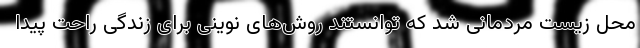
محل زیست مردمانی شد که توانستند روش‌های نوینی برای زندگی راحت پیدا